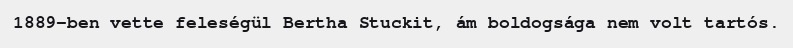
1889-ben vette feleségül Bertha Stuckit, ám boldogsága nem volt tartós.